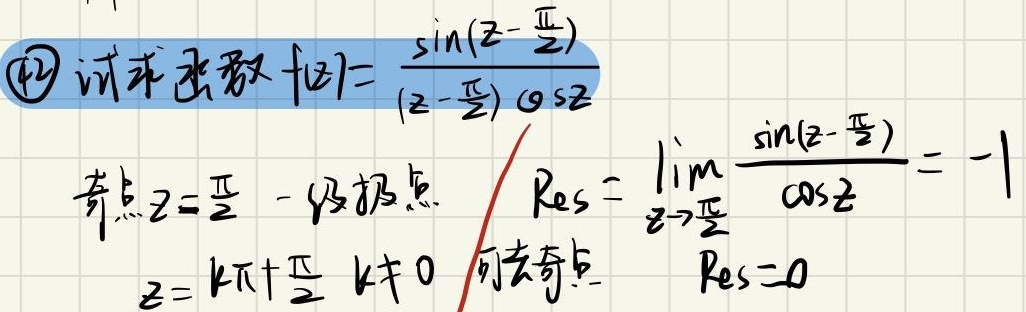
\textcircled{2} 试求函数$f(z)=\frac{\sin\left(z - \frac{\pi}{2}\right)}{\left(z - \frac{\pi}{2}\right)\cos z}$
奇点$z = \frac{\pi}{2}$ 一级极点  $ \text{Res}=\lim_{z \to \frac{\pi}{2}} \frac{\sin\left(z - \frac{\pi}{2}\right)}{\cos z}=-1$
$z = k\pi+\frac{\pi}{2}\ k\neq0$ 可去奇点  $\text{Res}=0$